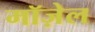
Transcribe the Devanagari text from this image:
मॉज़ेल